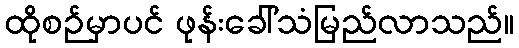
ထိုစဉ်မှာပင် ဖုန်းခေါ်သံမြည်လာသည်။